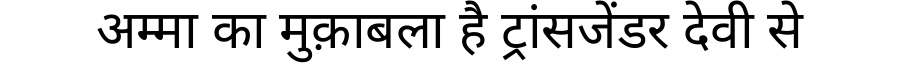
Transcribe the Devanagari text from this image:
अम्मा का मुक़ाबला है ट्रांसजेंडर देवी से